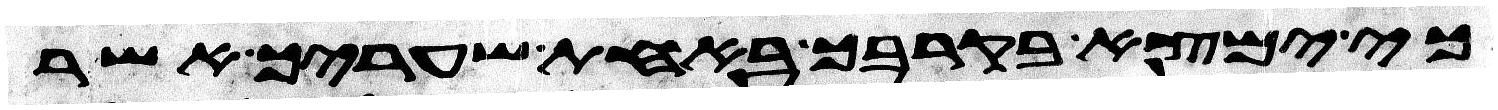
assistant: כי ימצא בקרבך באחת שעריך אשר